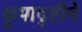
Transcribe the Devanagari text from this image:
कृपादृष्टीने